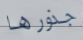
جذورها